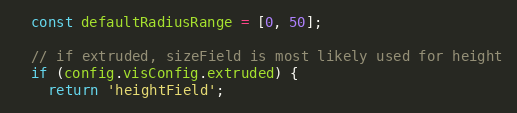
Language: JavaScript
  const defaultRadiusRange = [0, 50];

  // if extruded, sizeField is most likely used for height
  if (config.visConfig.extruded) {
    return 'heightField';